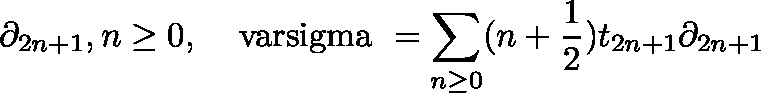
\partial _ { 2 n + 1 } , n \geq 0 , \, \; \mathrm { \boldmath ~ \ v a r s i g m a ~ } = \sum _ { n \geq 0 } ( n + \frac { 1 } { 2 } ) t _ { 2 n + 1 } \partial _ { 2 n + 1 }